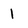
Character: 1